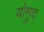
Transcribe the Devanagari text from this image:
योमुद